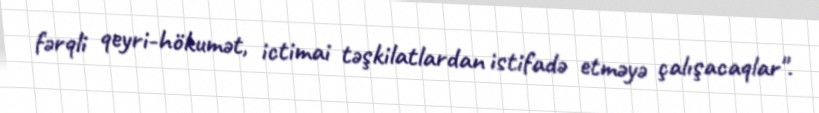
fərqli qeyri-hökumət, ictimai təşkilatlardan istifadə etməyə çalışacaqlar".